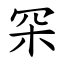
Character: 罙